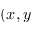
( x , y